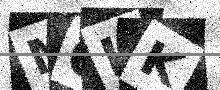
Text: M0LK